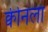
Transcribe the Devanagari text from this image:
क्वीनला